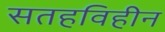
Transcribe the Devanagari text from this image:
सतहविहीन